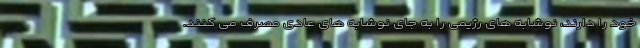
خود را دارند، نوشابه های رژیمی را به جای نوشابه های عادی مصرف می کنند.